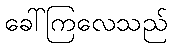
ခေါ်ကြလေသည်